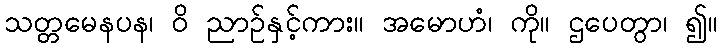
သတ္တမေနပန၊ ဝိ ညာဉ်နှင့်ကား။ အမောဟံ၊ ကို။ ဌပေတွာ၊ ၍။